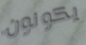
يكونون